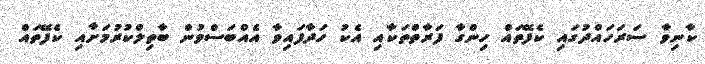
ކާނިވާ ސަރަހައްދުގައި ކެފޭތައް ހިންގާ ފަރާތްތަކާއި އެކު ހަދާފައިވާ އެއްބަސްވުން ބާތިލްކުރުމަށާއި ކެފޭތައް